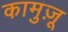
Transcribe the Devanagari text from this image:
कामुज़ू